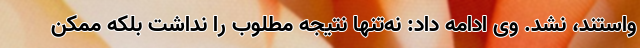
واستند، نشد. وی ادامه داد: نه‌تنها نتیجه مطلوب را نداشت بلکه ممکن